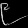
Digit: ၉